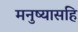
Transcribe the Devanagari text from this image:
मनुष्यासहि